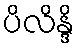
ပိလိန္ဒိ